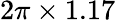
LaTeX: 2\pi\times 1.17